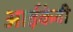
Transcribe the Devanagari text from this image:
आईकेबी